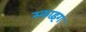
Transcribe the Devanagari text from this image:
स्काइंग